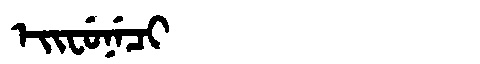
Manchu: ᡝᡳᠸᡠᠨᡝᠴᡳ
Romanization: EIFUNECI